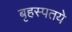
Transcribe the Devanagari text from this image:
बृहस्पतये